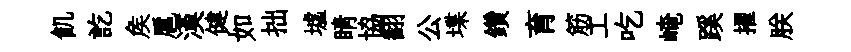
飢訖矦扈漢健如拙墟睛協翻公堞鑽育筋工吃崦蹊擢朕